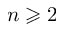
n \geqslant 2